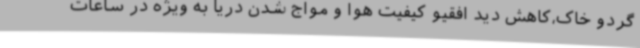
گردو خاک،کاهش دید افقیو کیفیت هوا و مواج شدن دریا به ویژه در ساعات